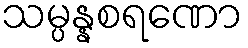
သမ္ပန္နစရဏော